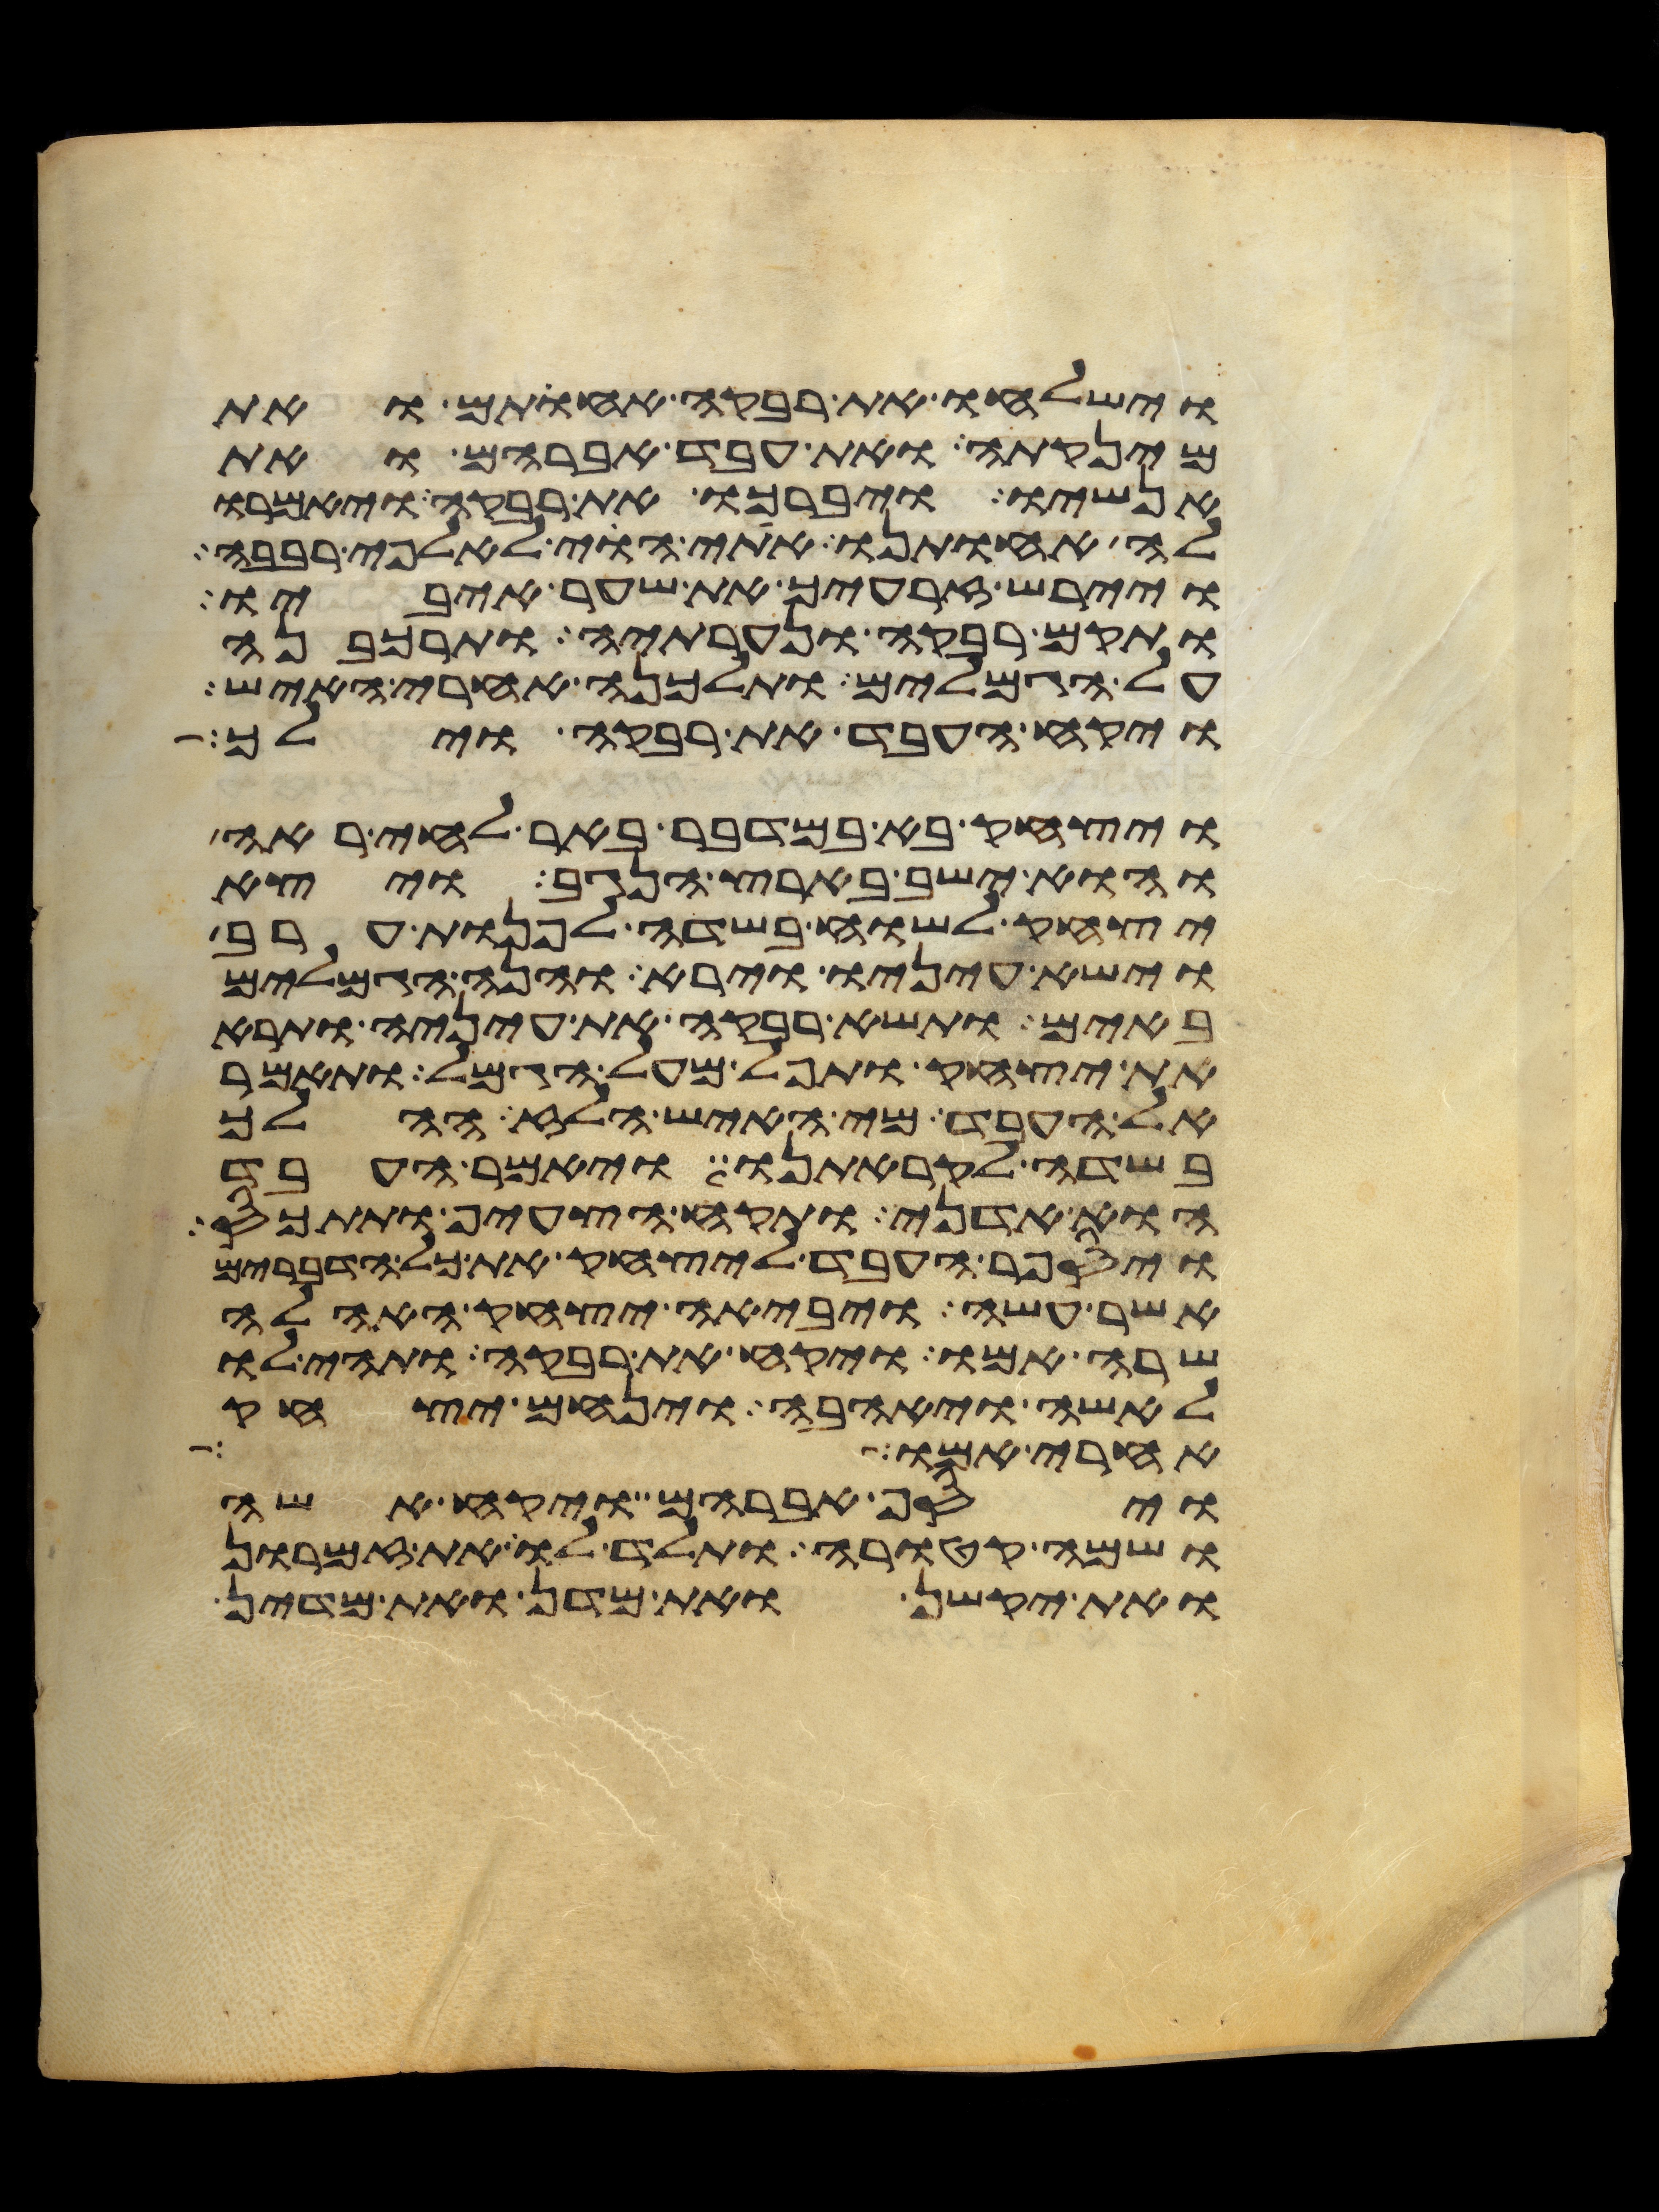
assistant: וישלחו את רבקה אחותם ואת
מינקתה ואת עבד אברהם ואת
אנשיו ויברכו את רבקה ויאמרו
לה אחותנו אתי הוי לאלפי רבבה
ויירש זרעיך את שער איביו
ותקם רבקה ונערתיה ותרכבנה
על הגמלים ותלכנה אחרי האיש
ויקח העבד את רבקה וילך
ויצחק בא במדבר באר לחי ראה
והוא ישב בארץ הנגב ויצא
יצחק לשוח בשדה לפנות ערב
וישא עיניו וירא והנה הגמלים
באים ותשא רבקה את עיניה ותרא
את יצחק ותפל מעל הגמל ותאמר
אל העבד מי האיש הלז ההלך
בשדה לקראתנו ויאמר העבד
הוא אדני ותקח הצעיף ותתכס
ויספר העבד ליצחק את כל הדברים
אשר עשה ויביאה יצחק האהלה
שרה אמו ויקח את רבקה ותהי לו
לאשה ויאהבה וינחם יצחק
אחרי אמו
ויסף אברהם ויקח אשה
ושמה קטורה ותלד לו את זמרון
ואת יקשן ואת מדן ואת מדין